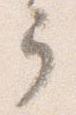
弓